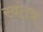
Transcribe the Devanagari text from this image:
स्‍वंतत्र